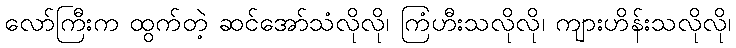
လော်ကြီးက ထွက်တဲ့ ဆင်အော်သံလိုလို၊ ကြံဟီးသလိုလို၊ ကျားဟိန်းသလိုလို၊